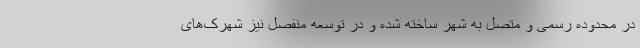
در محدوده رسمی و متصل به شهر ساخته شده و در توسعه منفصل نیز شهرک‌های